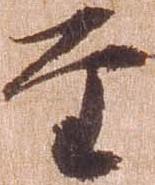
至